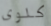
كلوى